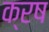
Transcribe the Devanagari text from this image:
क्रष